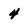
Character: 4